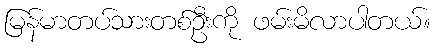
မြန်မာတပ်သားတစ်ဦးကို ဖမ်းမိလာပါတယ်။